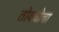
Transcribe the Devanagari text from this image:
तोक्योचा